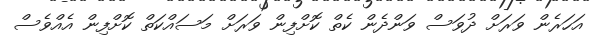
އަހަރެން ވަރަށް ދުވަސް ވަންދެން ކެތް ކޮށްފިން ވަރަށް މަސައްކަތް ކޮށްފިން އެއްވެސް